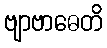
ဗျာဗာဓေတိ